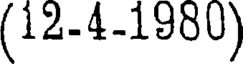
(12-4-1980)